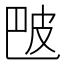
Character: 𬐒